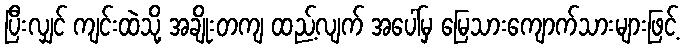
ပြီးလျှင် ကျင်းထဲသို့ အချိုးတကျ ထည့်လျက် အပေါ်မှ မြေသားကျောက်သားများဖြင့်